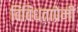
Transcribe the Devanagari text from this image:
विविधताप्रेमी